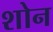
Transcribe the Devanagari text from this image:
शोन